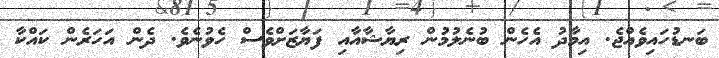
ބަނޑުހައިވެއްޖެ. އިމާދު އެހެން ބުނެލުމުން ރިޔާޝާއާއި ފަޔާޒަށްވެސް ހެވުނެވެ. ދެން އަހަރެން ކައްކާ